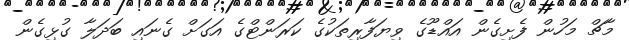
މާޗް މަހުން ފެށިގެން އައްޑޫގެ ވިޔަފާރިތަކުގެ ކަރަންޓްގެ އަގަށް ގެނައި ބަދަލާ ގުޅިގެން